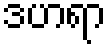
ဒဟရာ